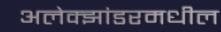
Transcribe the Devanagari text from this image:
अलेक्झांडरमधील